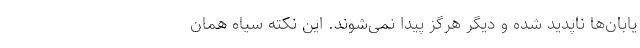
یابان‌ها ناپدید شده و دیگر هرگز پیدا نمی‌شوند. این نکته سیاه همان